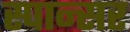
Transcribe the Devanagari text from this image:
स्पान्सर